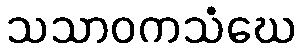
သသာဝကသံဃေ